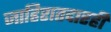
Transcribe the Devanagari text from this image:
जाहिरातदारही